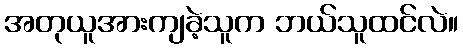
အတုယူအားကျခဲ့သူက ဘယ်သူထင်လဲ။